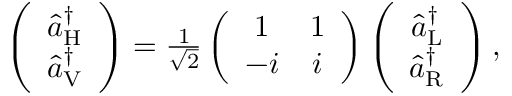
\begin{array} { r } { \left( \begin{array} { c } { \hat { a } _ { \mathrm { H } } ^ { \dagger } } \\ { \hat { a } _ { \mathrm { V } } ^ { \dagger } } \end{array} \right) = \frac { 1 } { \sqrt { 2 } } \left( \begin{array} { c c } { 1 } & { 1 } \\ { - i } & { i } \end{array} \right) \left( \begin{array} { c } { \hat { a } _ { \mathrm { L } } ^ { \dagger } } \\ { \hat { a } _ { \mathrm { R } } ^ { \dagger } } \end{array} \right) , } \end{array}